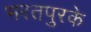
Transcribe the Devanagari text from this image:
भरतपुरके